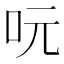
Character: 𠰂